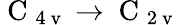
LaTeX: \mathrm{~C~}_{4\mathrm{~v~}}\to\mathrm{~C~}_{2\mathrm{~v~}}